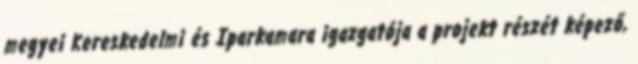
megyei Kereskedelmi és Iparkamara igazgatója a projekt részét képező,